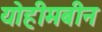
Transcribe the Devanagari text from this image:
योहीमबीन